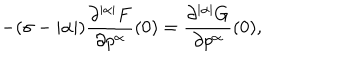
LaTeX: - ( \sigma - | \alpha | ) \frac { \partial ^ { | \alpha | } F } { \partial p ^ { \alpha } } ( 0 ) = \frac { \partial ^ { | \alpha | } G } { \partial p ^ { \alpha } } ( 0 ) ,